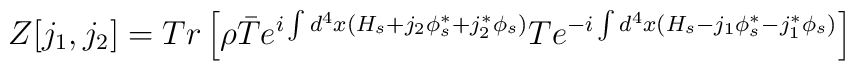
Z[j_{1},j_{2}] = Tr\left[\rho\bar{T}{e^{i\int d^4x(H_{s}+j_{2}\phi^*_{s}+j_{2}^*\phi_{s})}} T{e^{-i\int d^4x(H_{s}-j_{1}\phi^{\ast}_{s}-j_{1}^{\ast}\phi_{s})}}\right]